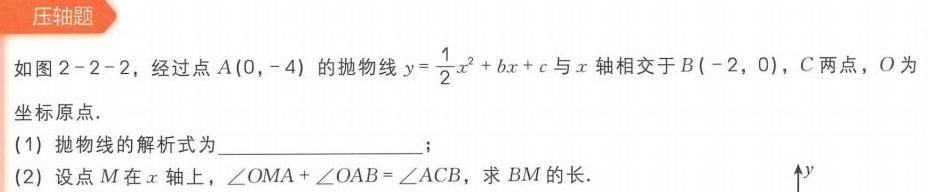
压轴题
如图2 - 2 - 2，经过点\(A(0,-4)\)的抛物线\(y = \frac{1}{2}x^{2}+bx + c\)与\(x\)轴相交于\(B(-2,0)\)，\(C\)两点，\(O\)为
坐标原点.
(1) 抛物线的解析式为  ；
(2) 设点\(M\)在\(x\)轴上，\(\angle OMA+\angle OAB=\angle ACB\)，求\(BM\)的长.